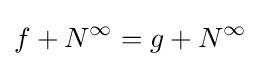
f+N^{\infty }=g+N^{\infty }